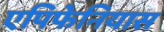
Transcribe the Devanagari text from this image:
एपिफेनियास